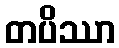
တပိဿာ